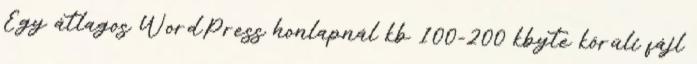
Egy átlagos WordPress honlapnál kb 100-200 kbyte körüli fájl